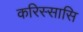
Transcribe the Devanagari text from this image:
करिस्सासि